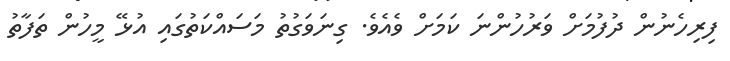
ފިރިހެނުން ދުފުމަށް ވަރުހުންނަ ކަމަށް ވެއެވެ. ގިނަވަގުތު މަސައްކަތުގައި އުޅޭ މީހުން ތަފާތު